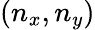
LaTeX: (n_{x},n_{y})